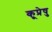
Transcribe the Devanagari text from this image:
कूप्रेषु